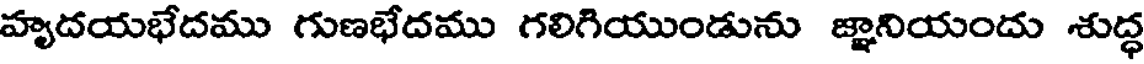
హృదయభేదము గుణభేదము గలిగియుండును జ్ఞానియందు శుద్ధ